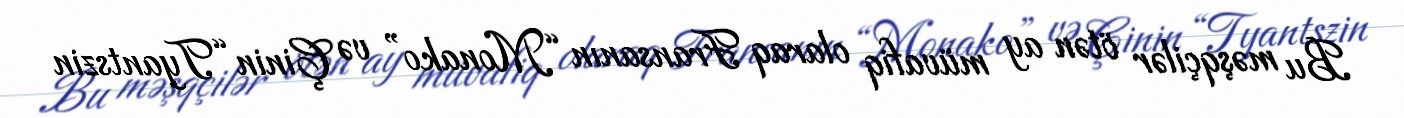
Bu məşqçilər ötən ay müvafiq olaraq Fransanın “Monako” və Çinin “Tyantszin